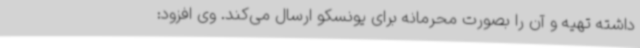
داشته تهیه و آن را بصورت محرمانه برای یونسکو ارسال می‌کند. وی افزود: